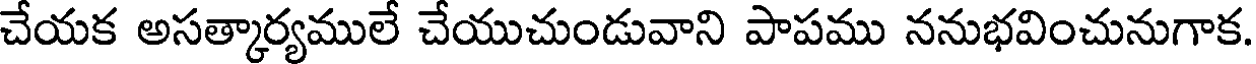
చేయక అసత్కార్యములే చేయుచుండువాని పాపము ననుభవించునుగాక